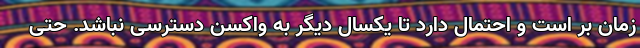
زمان‌ بر است و احتمال دارد تا یکسال دیگر به واکسن دسترسی نباشد. حتی